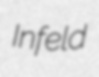
Infeld